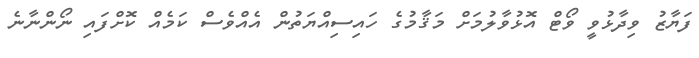
ފަޔާޒު ވިދާޅުވީ ވޯޓް އޮޅުވާލުމަށް މަޤާމުގެ ހައިސިއްޔަތުން އެއްވެސް ކަމެއް ކޮށްފައި ނޯންނާނެ